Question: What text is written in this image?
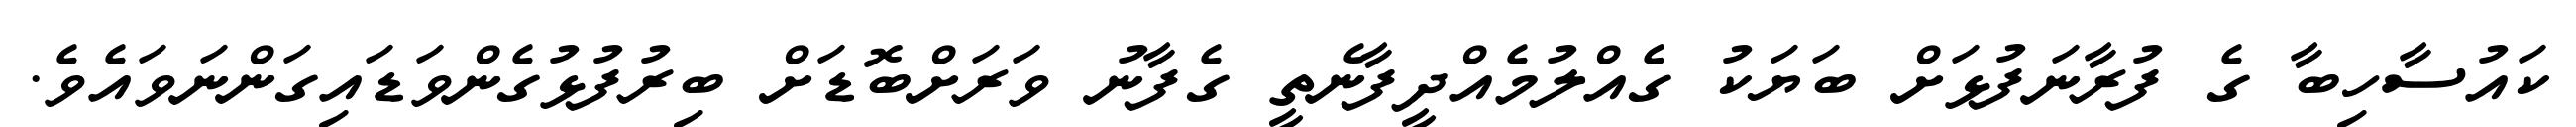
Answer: ކައުސާހިބާ ގެ ފުރާނަފުޅަށް ބަޔަކު ގެއްލުމެއްދީފާނެތީ ގެފާނު ވަރަށްބޮޑަށް ބިރުފުޅުގެންވަޑައިގަންނަވައެވެ.